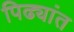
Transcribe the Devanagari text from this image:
पिढ्यांत